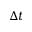
\Delta t